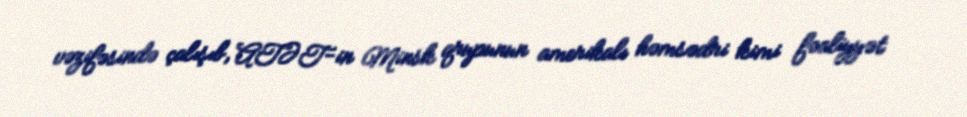
vəzifəsində çalışıb, ATƏT-in Minsk qrupunun amerikalı həmsədri kimi fəaliyyət